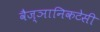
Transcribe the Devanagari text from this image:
वैज्ञानिकटेसी